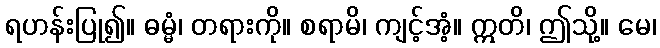
ရဟန်းပြု၍။ ဓမ္မံ၊ တရားကို။ စရာမိ၊ ကျင့်အံ့။ ဣတိ၊ ဤသို့။ မေ၊